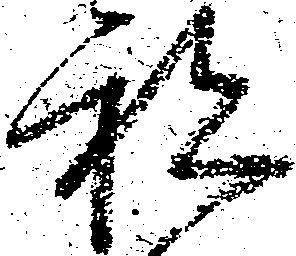
祝